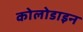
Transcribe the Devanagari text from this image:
कोलोडाइन